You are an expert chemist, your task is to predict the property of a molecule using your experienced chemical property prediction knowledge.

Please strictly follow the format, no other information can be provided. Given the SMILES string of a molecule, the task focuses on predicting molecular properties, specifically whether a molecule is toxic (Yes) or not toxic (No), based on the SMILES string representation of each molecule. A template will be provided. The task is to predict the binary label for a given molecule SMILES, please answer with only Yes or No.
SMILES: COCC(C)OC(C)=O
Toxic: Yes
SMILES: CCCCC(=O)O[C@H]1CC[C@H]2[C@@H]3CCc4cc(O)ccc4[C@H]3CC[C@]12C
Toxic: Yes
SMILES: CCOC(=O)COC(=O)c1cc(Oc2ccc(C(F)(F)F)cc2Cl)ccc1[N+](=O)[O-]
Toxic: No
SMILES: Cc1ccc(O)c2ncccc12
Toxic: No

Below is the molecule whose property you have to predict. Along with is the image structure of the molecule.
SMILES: N#Cc1ccccc1
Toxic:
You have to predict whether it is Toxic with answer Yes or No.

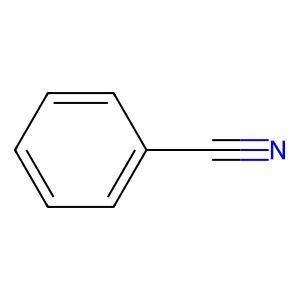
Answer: No